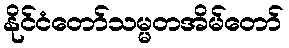
နိုင်ငံတော်သမ္မတအိမ်တော်